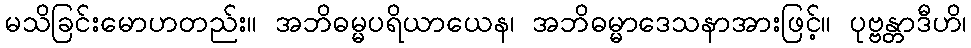
မသိခြင်းမောဟတည်း။ အဘိဓမ္မပရိယာယေန၊ အဘိဓမ္မာဒေသနာအားဖြင့်။ ပုဗ္ဗန္တာဒီဟိ၊